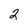
Character: 2